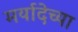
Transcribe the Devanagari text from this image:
मर्यादेच्या